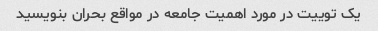
یک توییت در مورد اهمیت جامعه در مواقع بحران بنویسید